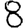
Digit: 8